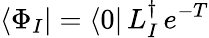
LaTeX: \langle\Phi_{I}|=\langle 0|\, L_{I}^{\dagger}\, e^{-T}